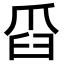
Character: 𦥝